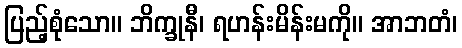
ပြည့်စုံသော။ ဘိက္ခုနီ၊ ရဟန်းမိန်းမကို။ အာဘတံ၊